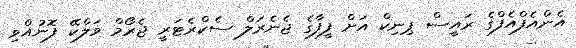
އެންއެފްއެފްގެ ރައީސް ޕިނިކް އަށް ފީފާގެ ޖެނެރަލް ސެކްރެޓަރީ ޖެރޯމް ވަލްކޭ ފޮނުއްވި